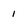
Character: 1